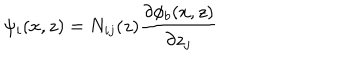
\psi _ { i } ( x , z ) = N _ { i j } ( z ) { \frac { \partial \phi _ { b } ( x , z ) } { \partial z _ { j } } }